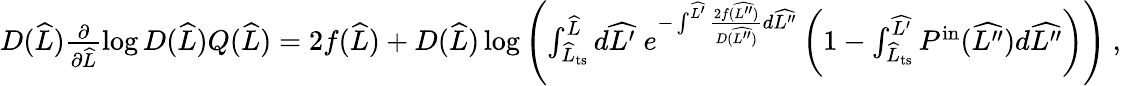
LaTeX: \begin{array}{r}{D(\widehat{L})\frac{\partial}{\partial\widehat{L}}\log D(\widehat{L})Q(\widehat{L})=2f(\widehat{L})+D(\widehat{L})\log\left(\int_{\widehat{L}_{\mathrm{ts}}}^{\widehat{L}}d\widehat{L^{\prime}}\; e^{-\int^{\widehat{L^{\prime}}}\frac{2f(\widehat{L^{\prime\prime}})}{D(\widehat{L^{\prime\prime}})}d\widehat{L^{\prime\prime}}}\left(1-\int_{\widehat{L}_{\mathrm{ts}}}^{\widehat{L^{\prime}}}P^{\mathrm{in}}(\widehat{L^{\prime\prime}})d\widehat{L^{\prime\prime}}\right)\right)\ ,}\end{array}